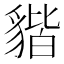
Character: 𧳧